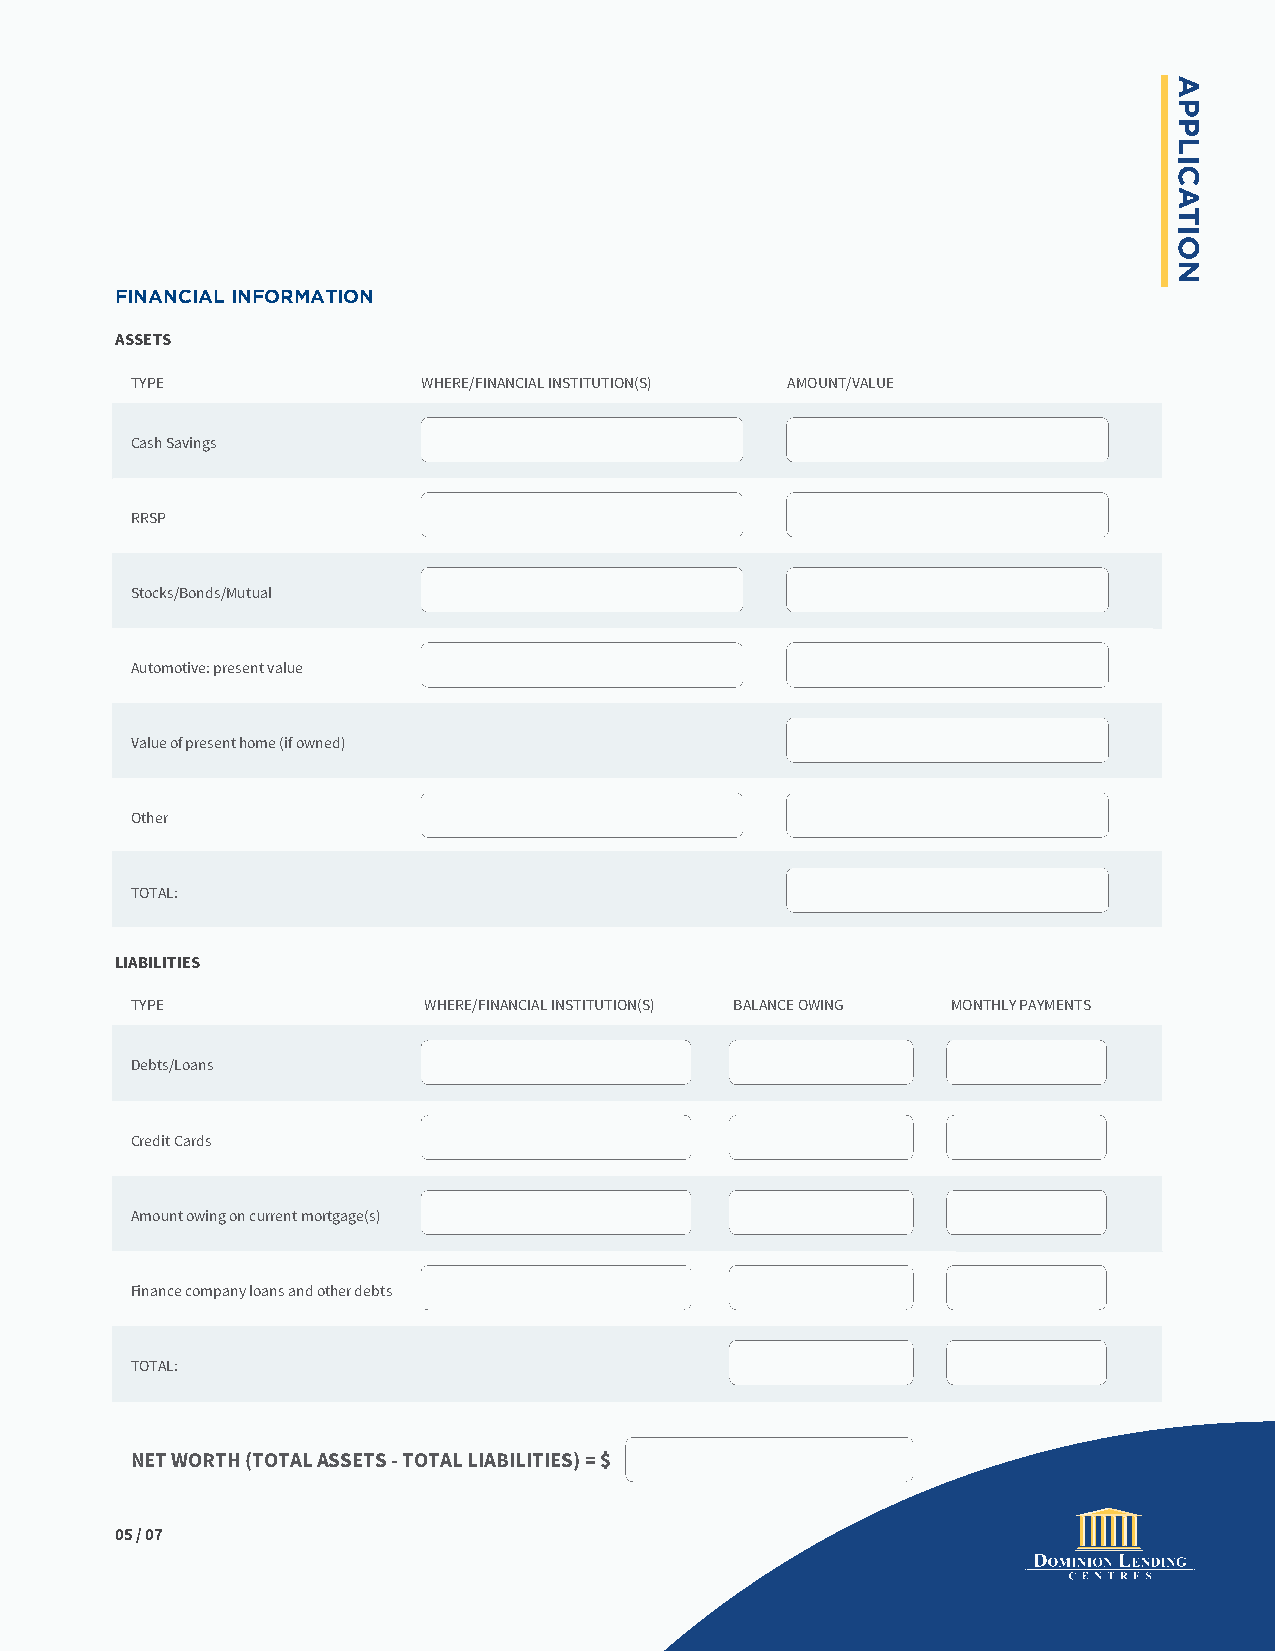
FINANCIAL INFORMATION
 ASSETS
 TYPE               WHERE/FINANCIAL INSTITUTION(S) AMOUNT/VALUE
 Cash Savings
 RRSP
 Stocks/Bonds/Mutual
 Automotive: present value
 Value of present home (if owned)
 Other
 TOTAL:
 LIABILITIES
 TYPE               WHERE/FINANCIAL INSTITUTION(S) BALANCE OWING MONTHLY PAYMENTS
 Debts/Loans
 Credit Cards
 Amount owing on current mortgage(s)
 Finance company loans and other debts
 TOTAL:
 NET WORTH (TOTAL ASSETS - TOTAL LIABILITIES) = $
 05 / 07